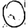
Digit: 0